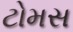
ટોમસ